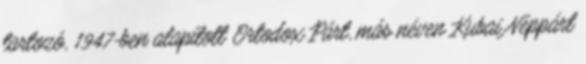
tartozó, 1947-ben alapított Ortodox Párt, más néven Kubai Néppárt